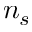
n _ { s }